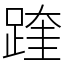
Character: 䠑